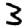
Digit: 3